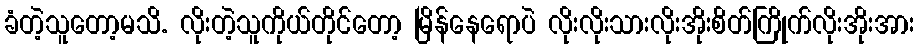
ခံတဲ့သူတော့မသိ. လိုးတဲ့သူကိုယ်တိုင်တော့ မြိန်နေရောပဲ လိုးလိုးသားလိုးအိုးစိတ်ကြိုက်လိုးအိုးအား